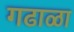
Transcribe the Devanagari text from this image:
गढाळा